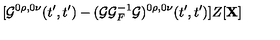
[ { \cal G } ^ { 0 \rho , 0 \nu } ( t ^ { \prime } , t ^ { \prime } ) - ( { \cal G } { \cal G } _ { F } ^ { - 1 } { \cal G } ) ^ { 0 \rho , 0 \nu } ( t ^ { \prime } , t ^ { \prime } ) ] Z [ { \bf X } ]